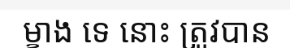
ម្ខាង ទេ នោះ ត្រូវបាន